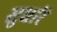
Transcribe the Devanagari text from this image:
सुधारें